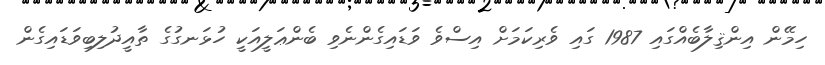
ހިމޭން އިންޤިލާބެއްގައި 1987 ގައި ވެރިކަމަށް އިސްވެ ވަޑައިގެންނެވި ބެންޢަލީއަކީ ހުޅަނގުގެ ތާއީދުލިބިވަޑައިގެން